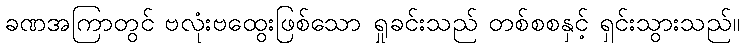
ခဏအကြာတွင် ဗလုံးဗထွေးဖြစ်သော ရှုခင်းသည် တစ်စစနှင့် ရှင်းသွားသည်။